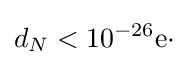
d_{N}<10^{-26}{\text{e}}\cdot